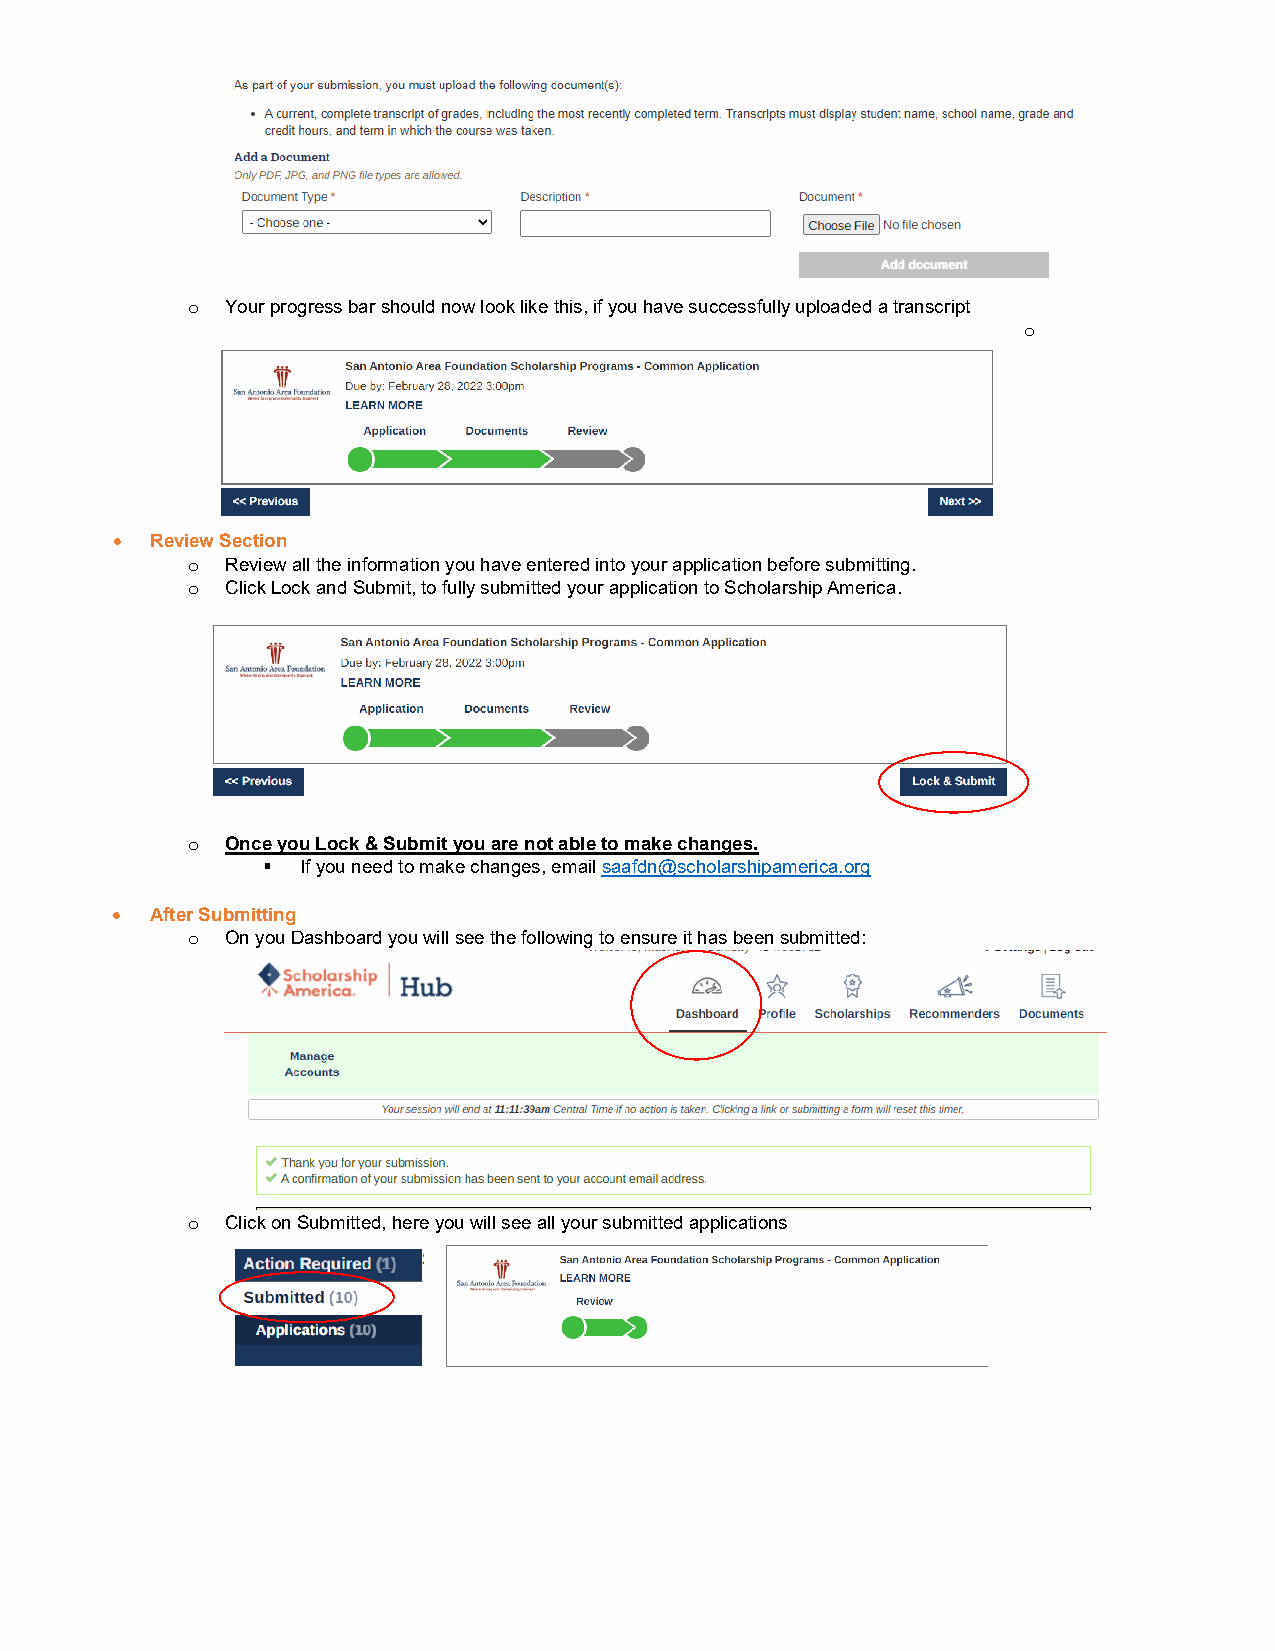
Your progress bar should now look like this, if you have successfully uploaded a transcript
 o
 o
 •  Review Section
 Review all the information you have entered into your application before submitting.
 o
 Click Lock and Submit, to fully submitted your application to Scholarship America.
 o
 o  Once you Lock & Submit you are not able to make changes.
   If you need to make changes, email saafdn@scholarshipamerica.org
 •  After Submitting
 On you Dashboard you will see the following to ensure it has been submitted:
 o
 Click on Submitted, here you will see all your submitted applications
 o